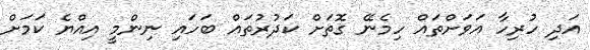
އަދި ހުރިހާ އަވަށްތައް ހިމެނޭ ގޮތަށް ކަދުރުތައް ބަހައި ނިންމީ އިއްޔެ ކަމަށް